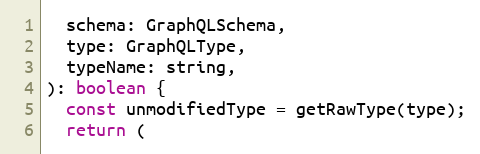
Language: JavaScript
  schema: GraphQLSchema,
  type: GraphQLType,
  typeName: string,
): boolean {
  const unmodifiedType = getRawType(type);
  return (